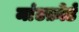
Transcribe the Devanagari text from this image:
मांटफ़ोर्ड